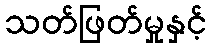
သတ်ဖြတ်မှုနှင့်